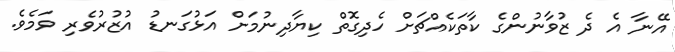
އޭނާ އެ ދެ ޒުވާނުންގެ ކާތަކެއްޗަށް ހެދިގޮތް ކިޔާދިނުމަށް އަޅުގަނޑު އުޒުރުވެރި ވަމެވެ.